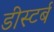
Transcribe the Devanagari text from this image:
डीस्टर्ब